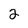
Character: 2